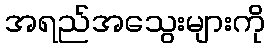
အရည်အသွေးများကို